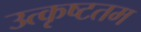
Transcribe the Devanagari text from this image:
उत्‍कृष्‍टतम